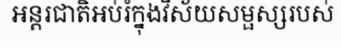
អន្តរជាតិអប់រំក្នុងវិស័យសម្ផស្សរបស់